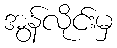
အွန်လိုင်းမှ